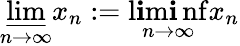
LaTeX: \varliminf_{n\to\infty}x_{n}:=\operatorname*{l\mathbf{i}m\mathbf{i}nf}_{n\to\infty}x_{n}